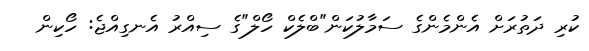
ކުރި ދަތުރަށް އެންމެންގެ ސަމާލުކަން"ބްލެކް ހޯލް"ގެ ސިއްރު އެނގިއްޖެ: ހޯކިން